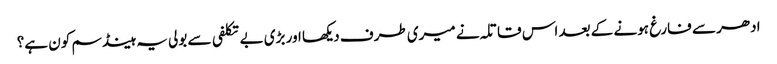
ادھر سے فارغ ہونے کے بعد اس قاتلہ نے میری طرف دیکھا اور بڑی بے تکلفی سے بولی یہ ہینڈ سم کون ہے؟